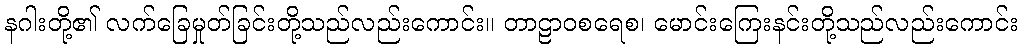
နဂါးတို့၏ လက်ခြေမှုတ်ခြင်းတို့သည်လည်းကောင်း။ တာဠာဝစရေစ၊ မောင်းကြေးနင်းတို့သည်လည်းကောင်း